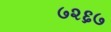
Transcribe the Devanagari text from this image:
७२६७